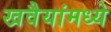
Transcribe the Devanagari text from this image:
खवैयांमध्ये